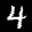
Label: 4